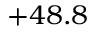
+ 4 8 . 8